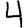
Digit: 4